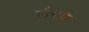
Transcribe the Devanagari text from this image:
रौनकें